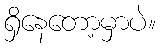
ရှိနေတော့မှာပဲ။